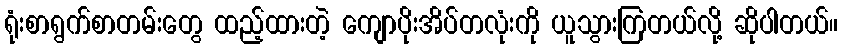
ရုံးစာရွက်စာတမ်းတွေ ထည့်ထားတဲ့ ကျောပိုးအိပ်တလုံးကို ယူသွားကြတယ်လို့ ဆိုပါတယ်။